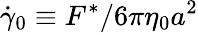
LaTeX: \dot{\gamma}_{0}\equiv F^{\ast}/6\pi\eta_{0}a^{2}